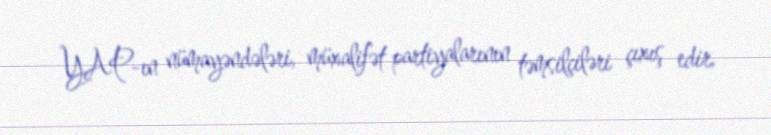
YAP-ın nümayəndələri, müxalifət partiyalarının təmsilçiləri çıxış edir.